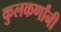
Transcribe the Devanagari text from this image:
कुलकर्णांनी